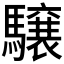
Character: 𩦪